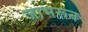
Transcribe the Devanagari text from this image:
जाभरून